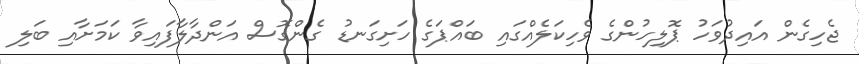
ޖެހިގެން އައިދުވަހު ޕޮލިހުންގެ ވެހިކަލެއްގައި ބައްޕަގެ ހަށިގަނޑު ގެންގޮސް އަންދާލާފައިވާ ކަމަށާއި ބަލި